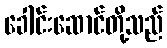
ခေါင်းဆောင်တို့သည်